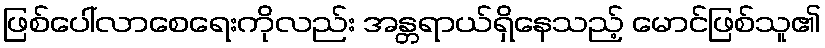
ဖြစ်ပေါ်လာစေရေးကိုလည်း အန္တရာယ်ရှိနေသည့် မောင်ဖြစ်သူ၏